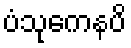
ပံသုကေနပိ